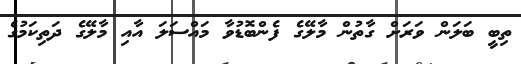
ތިބީ ބަލަން ވަރަށް ގާތުން މާލޭގެ ފެންބޮޑުވާ މައްސަލަ އާއި މާލޭގެ ދަތިކަމުގެ